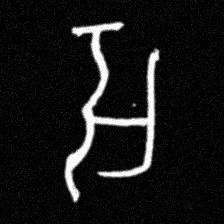
Pyu character \u2014 Myanmar letter: အ (romanized: a)